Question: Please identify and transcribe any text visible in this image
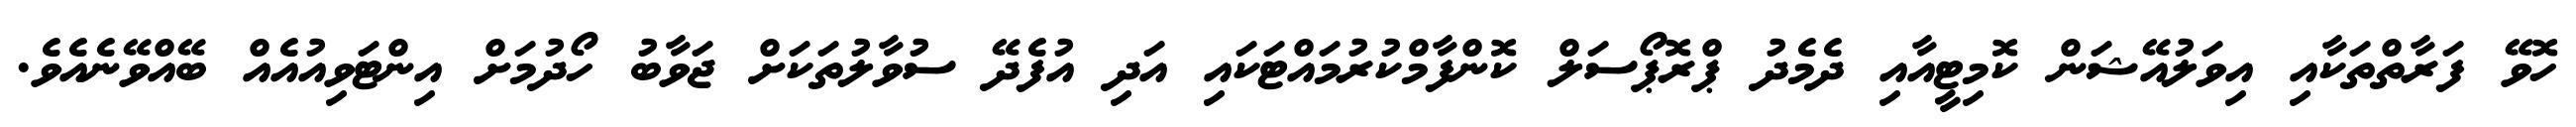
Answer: ހޮވޭ ފަރާތްތަކާއި އިވަލުއޭޝަން ކޮމިޓީއާއި ދެމެދު ޕްރޮޕޯސަލް ކޮންފާމްކުރުމައްޓަކައި އަދި އުފެދޭ ސުވާލުތަކަށް ޖަވާބު ހޯދުމަށް އިންޓަވިއުއެއް ބޭއްވޭނެއެވެ.